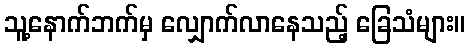
သူ့နောက်ဘက်မှ လျှောက်လာနေသည့် ခြေသံများ။